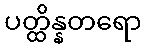
ပတ္ထိန္နတရော